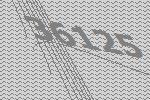
36125